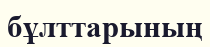
бұлттарының